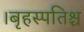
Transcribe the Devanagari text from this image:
।बृहस्पतिश्च